Civil Veterinary Dept. North-West Frontier Province 1923-32 - 1923-1932
Year: 1923
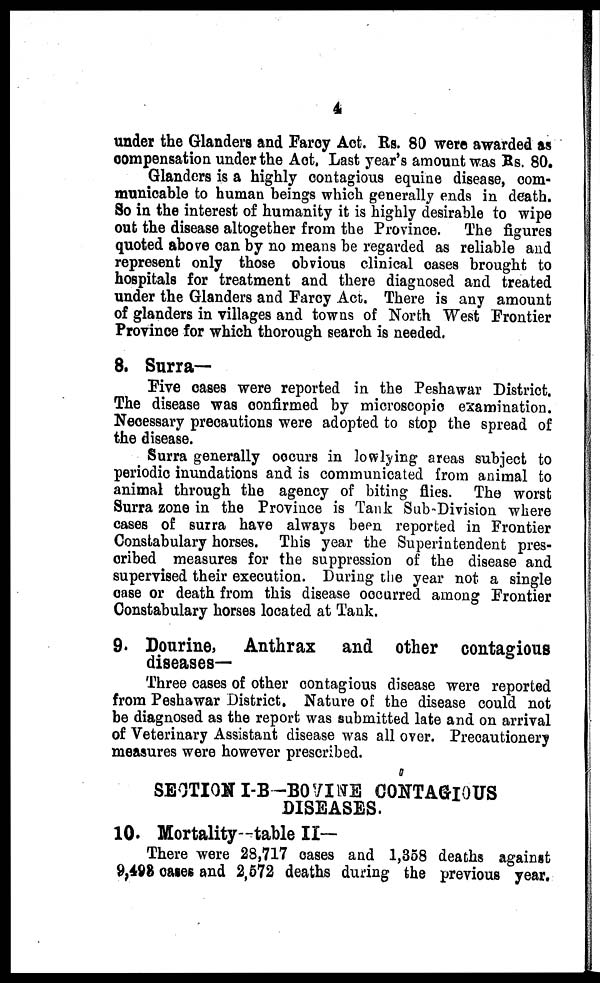
4
under the Glanders and Farcy Act. Rs. 80 were awarded as
compensation under the Act. Last year's amount was Rs. 80.
Glanders is a highly contagious equine disease, com-
municable to human beings which generally ends in death.
So in the interest of humanity it is highly desirable to wipe
out the disease altogether from the Province. The figures
quoted above can by no means be regarded as reliable and
represent only those obvious clinical cases brought to
hospitals for treatment and there diagnosed and treated
under the Glanders and Farcy Act. There is any amount
of glanders in villages and towns of North West Frontier
Province for which thorough search is needed.
8. Surra-
Five cases were reported in the Peshawar District.
The disease was confirmed by microscopic examination.
Necessary precautions were adopted to stop the spread of
the disease.
Surra generally occurs in lowlying areas subject to
periodic inundations and is communicated from animal to
animal through the agency of biting flies. The worst
Surra zone in the Province is Tank Sub-Division where
cases of surra have always been reported in Frontier
Constabulary horses. This year the Superintendent pres-
cribed measures for the suppression of the disease and
supervised their execution. During the year not a single
case or death from this disease occurred among Frontier
Constabulary horses located at Tank.
9. Dourine, Anthrax and other contagious
diseases-
Three cases of other contagious disease were reported
from Peshawar District. Nature of the disease could not
be diagnosed as the report was submitted late and on arrival
of Veterinary Assistant disease was all over. Precautionery
measures were however prescribed.
SECTION I-B-BOVINE CONTAGIOUS
DISEASES.
10. Mortality-table II—
There were 28,717 cases and 1,358 deaths against
9,498 cases and 2,572 deaths during the previous year.